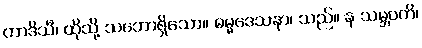
တာဒိသီ၊ ထိုသို့ သဘောရှိသော။ ဓမ္မဒေသနာ၊ သည်။ န သမ္ဘဝတိ၊